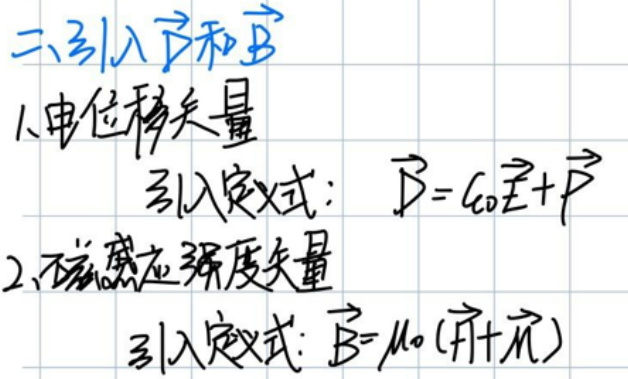

二、引入\(\vec{D}\)和\(\vec{H}
1. 电位移矢量\\
引入定义式：\(\vec{D}=\epsilon_0\vec{E}+\vec{P}\) \\
2. 磁场强度矢量\\
引入定义式：\(\vec{H}=\frac{1}{\mu_0}(\vec{B}-\vec{M})\)